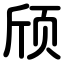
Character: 颀